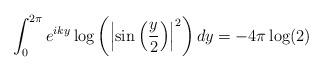
LaTeX: \begin{align*} \int_{0}^{2\pi} e^{iky} \log\left(\left|\sin\left(\frac{y}{2}\right)\right|^{2}\right)dy = -4\pi\log(2)\end{align*}